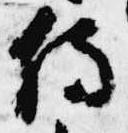
侍